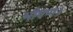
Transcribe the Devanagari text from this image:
भीषण।